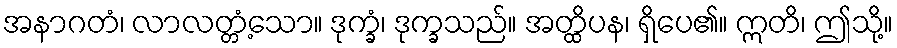
အနာဂတံ၊ လာလတ္တံ့သော။ ဒုက္ခံ၊ ဒုက္ခသည်။ အတ္ထိပန၊ ရှိပေ၏။ ဣတိ၊ ဤသို့။